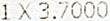
1 X 3.7000